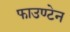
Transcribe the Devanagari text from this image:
फाउण्टेन